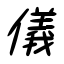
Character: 儀